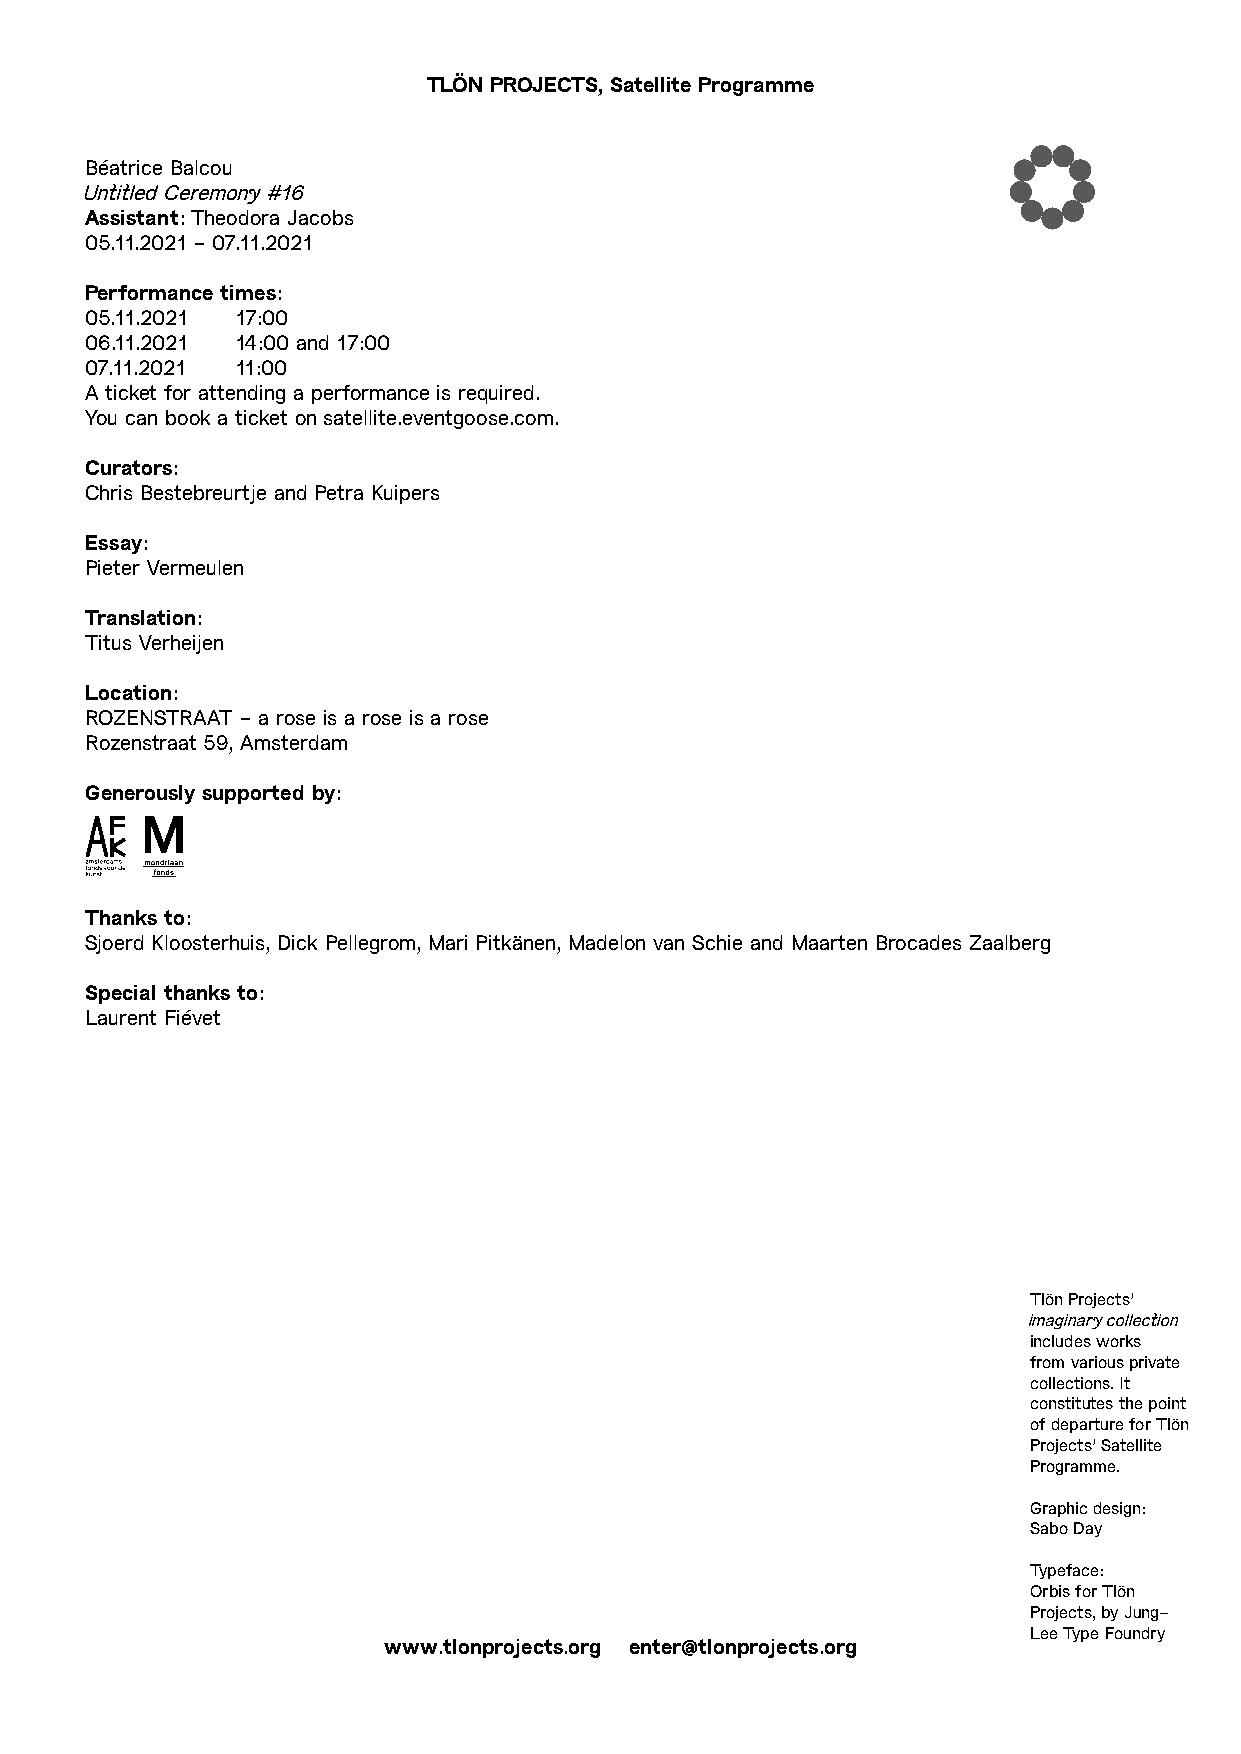
TLÖN PROJECTS, Satellite Programme
 Béatrice Balcou
 Untitled Ceremony #16
 Assistant: Theodora Jacobs
 05.11.2021 - 07.11.2021
 Performance times:
 05.11.2021 17:00
 06.11.2021 14:00 and 17:00
 07.11.2021 11:00
 A ticket for attending a performance is required.
 You can book a ticket on satellite.eventgoose.com.
 Curators:
 Chris Bestebreurtje and Petra Kuipers
 Essay:
 Pieter Vermeulen
 Translation:
 Titus Verheijen
 Location:
 ROZENSTRAAT - a rose is a rose is a rose
 Rozenstraat 59, Amsterdam
 Generously supported by:
 Thanks to:
 Sjoerd Kloosterhuis, Dick Pellegrom, Mari Pitkänen, Madelon van Schie and Maarten Brocades Zaalberg
 Special thanks to:
 Laurent Fiévet
 Tlön Projects’
 imaginary collection
 includes works
 from various private
 collections. It
 constitutes the point
 of departure for Tlön
 Projects’ Satellite
 Programme.
 Graphic design:
 Sabo Day
 Typeface:
 Orbis for Tlön
 Projects, by Jung-
 Lee Type Foundry
 www.tlonprojects.org enter@tlonprojects.org